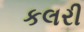
કલરી